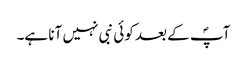
آپؐ کے بعد کوئی نبی نہیں آنا ہے۔